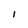
Character: l